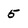
Character: 5